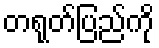
တရုတ်ပြည်ကို